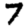
Digit: 7